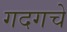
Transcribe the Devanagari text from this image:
गदगचे